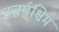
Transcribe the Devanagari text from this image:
उत्तर्पश्चिम